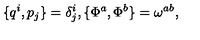
\{ q ^ { i } , p _ { j } \} = \delta _ { j } ^ { i } , \{ \Phi ^ { a } , \Phi ^ { b } \} = \omega ^ { a b } ,